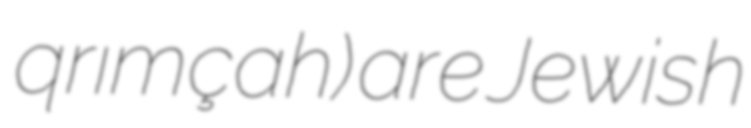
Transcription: qrımçah) are Jewish